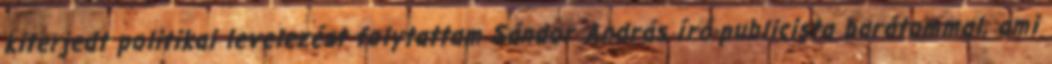
ki­terjedt politikai levelezést folytattam Sándor András író-publi­cis­ta barátommal, ami